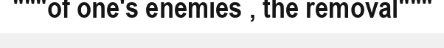
"""of one's enemies , the removal"""